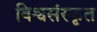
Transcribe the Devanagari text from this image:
विश्वसंस्कृत